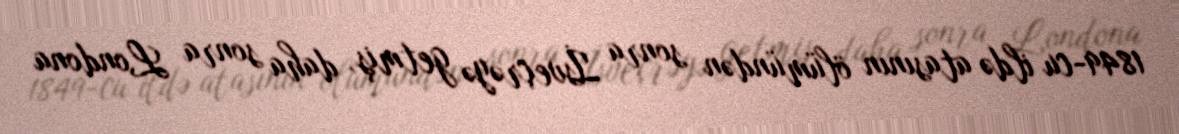
1849-cu ildə atasının ölümündən sonra İsveçrəyə getmiş, daha sonra Londona